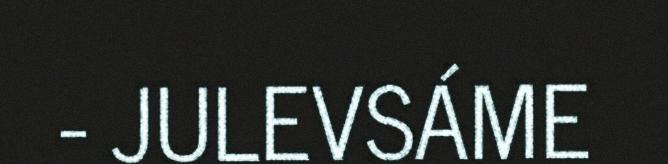
- JULEVSÁME